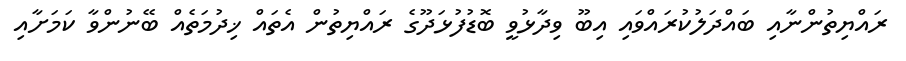
ރައްޔިތުންނާއި ބައްދަލުކުރައްވައި އިބޫ ވިދާޅުވީ ބޮޑުފުޅަދޫގެ ރައްޔިތުން އެތައް ޚިދުމަތެއް ބޭނުންވާ ކަމަށާއި